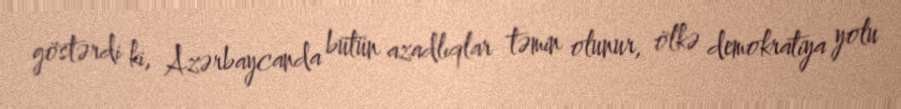
göstərdi ki, Azərbaycanda bütün azadlıqlar təmin olunur, ölkə demokratiya yolu